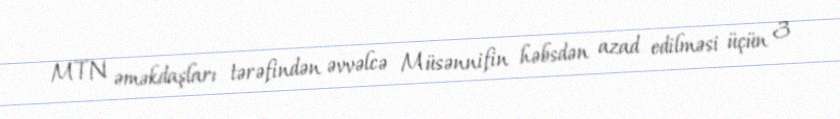
MTN əməkdaşları tərəfindən əvvəlcə Müsənnifin həbsdən azad edilməsi üçün 3